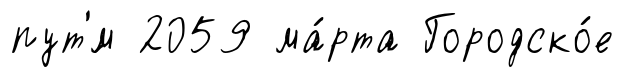
пут'́м 2059 ма́рта Городско́е